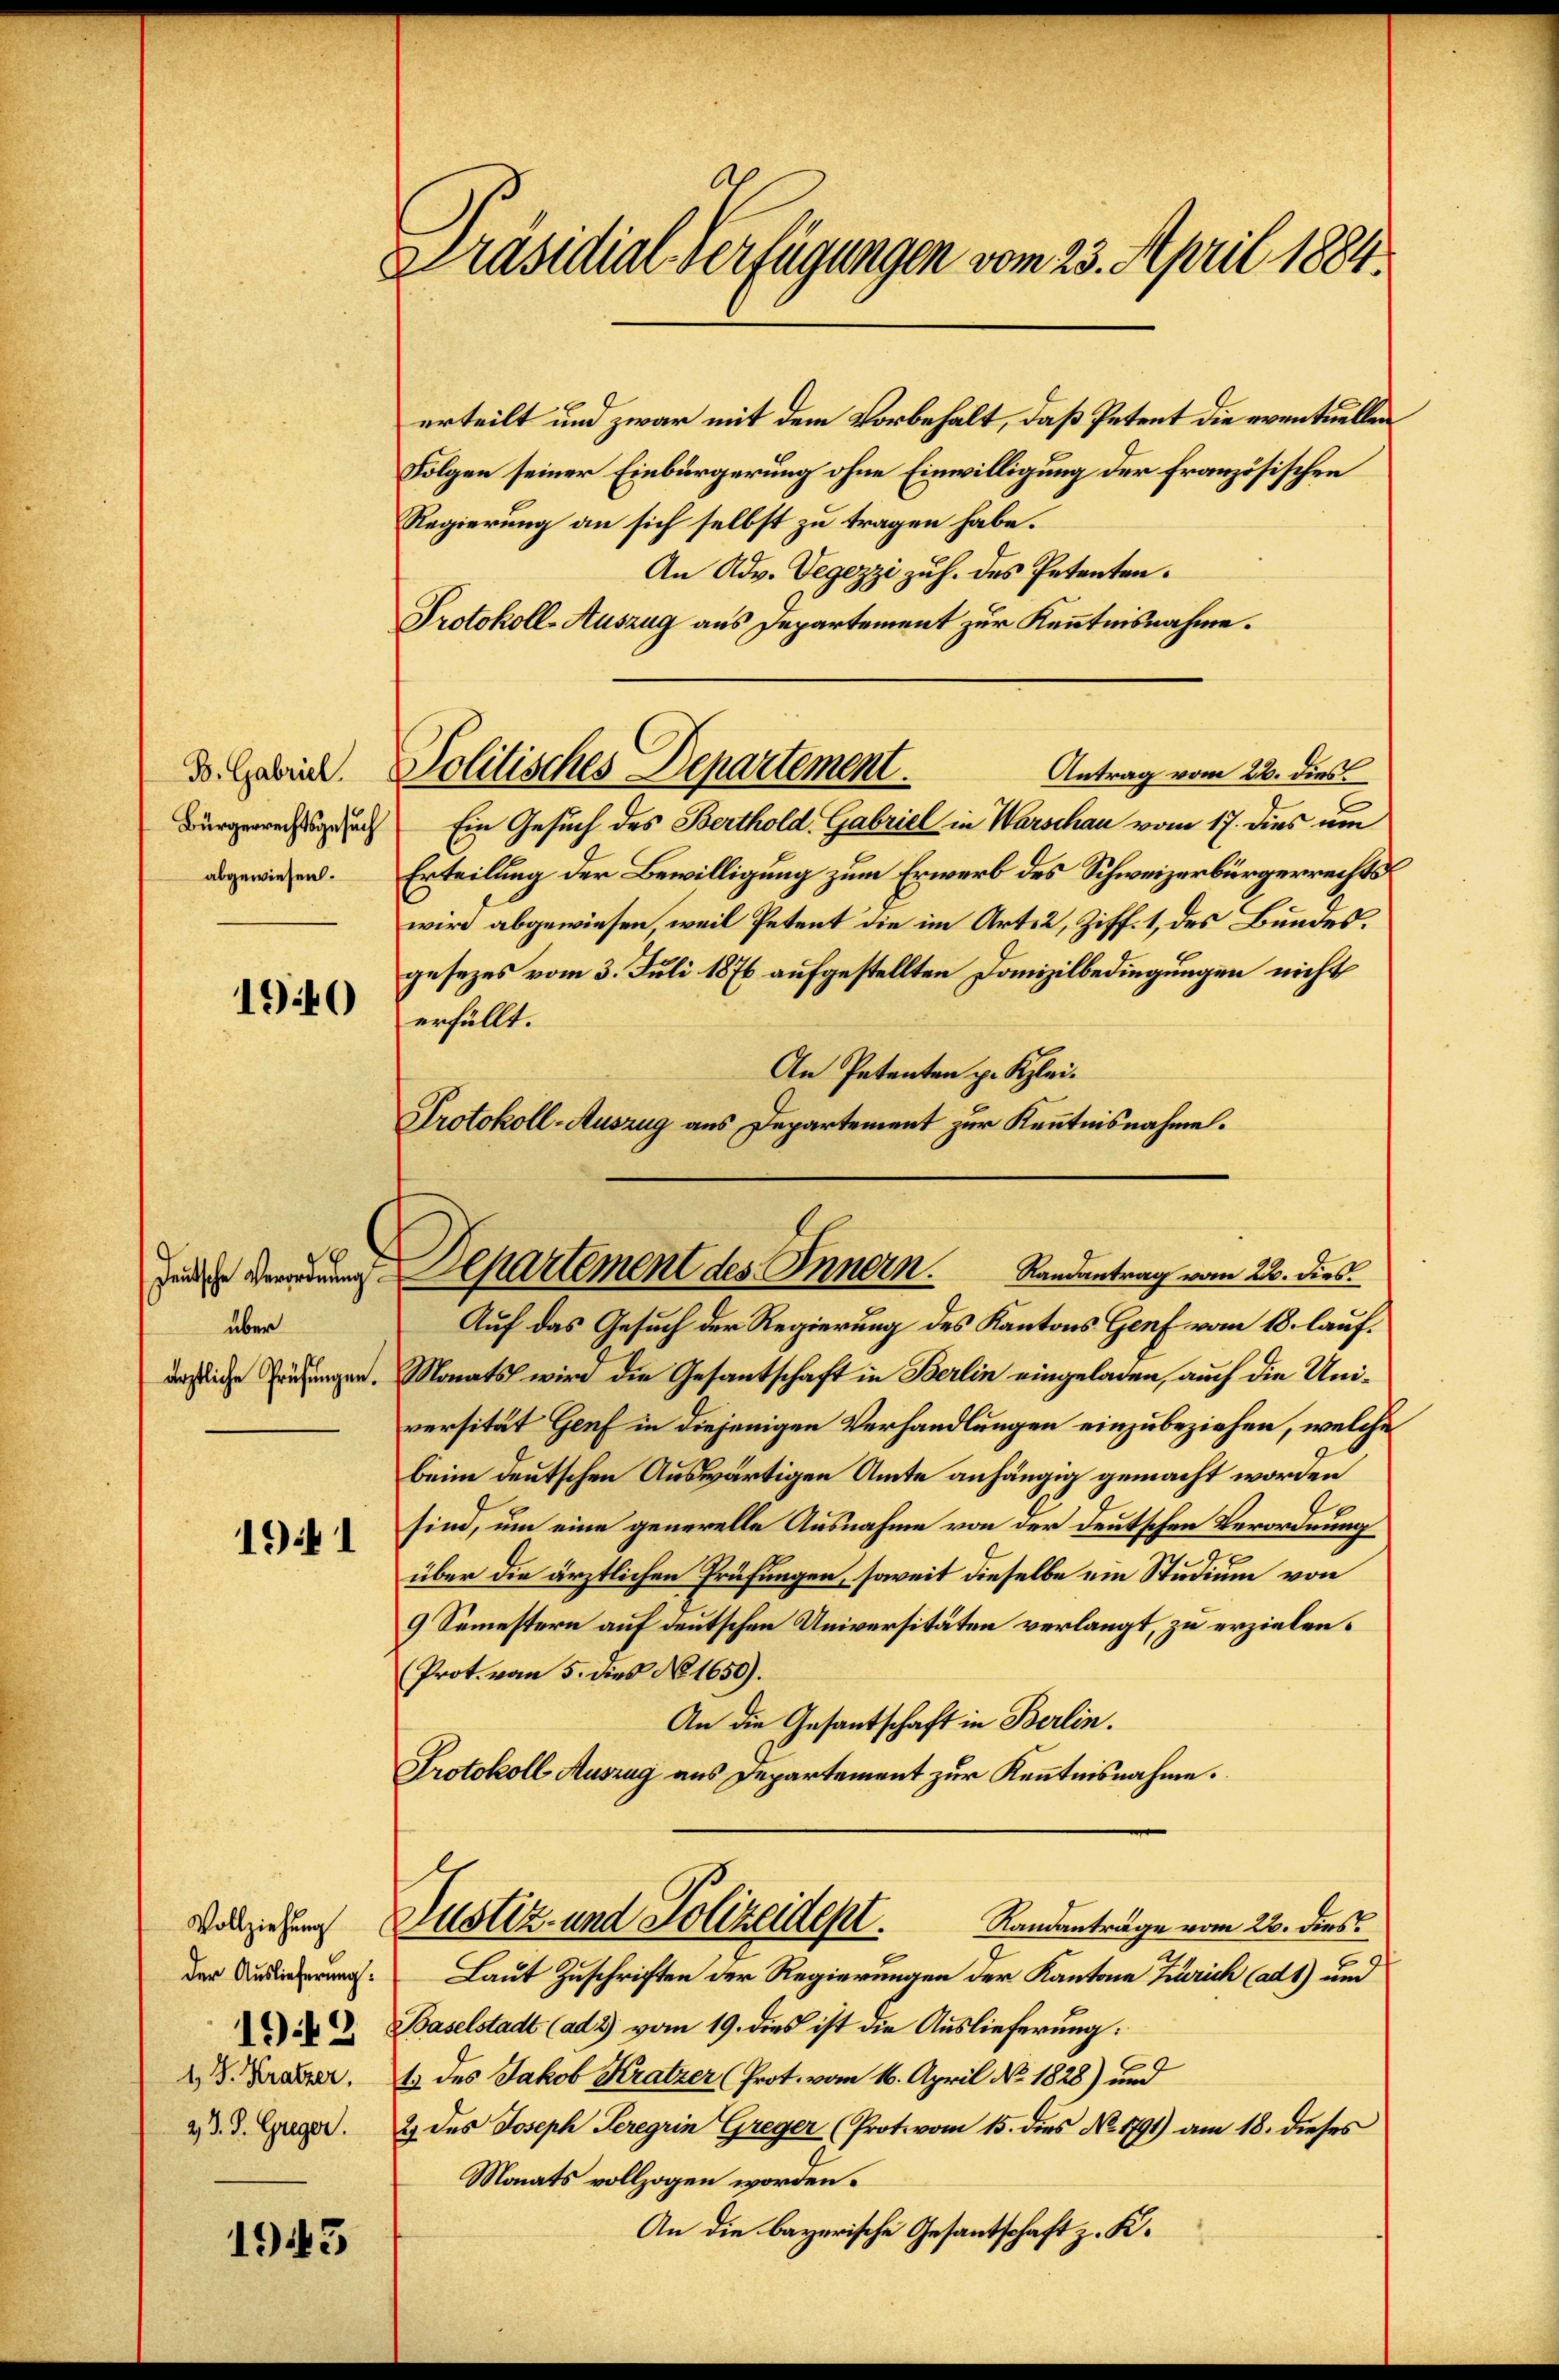
B. Gabriel
abgewiesen.

1940

über

1941

Vollziehung
1942
1 J. Kratzer.
2 J. J. Greger.

1945

Präsidial-Verfügungen vom 23. April 1884.

erteilt und zwar mit dem Vorbehalt, daß Petent die eventuellen
Folgen seiner Einbürgerung ohne Einwilligung der französischen
Regierung an sich selbst zu tragen habe.
An Adv. Vegezzi zuh. des Petenten.
Protokoll-Auszug aus Departement zur Kenntnisnahme.
Bürgerrechtsnach Ein Gesuch des Berthold. Gabriel in Warschau vom 17. dies um
Erteilung der Bewilligung zum Erwerb des Schweizerbürgerrechts
wird abgewiesen, weil Petent die im Art. 2, Ziff. 1, des Bundes.
gesezes vom 3. Juli 1876 aufgestellten Danizilbedingungen nicht
erfüllt.
An Petenten p. Klei¬
Protokoll-Auszug aus Departement zur Kenntnisnahme.
Auf das Gesuch der Regierung des Kantons Genf vom 18. laufäßliche Prüfungen. Monats wird die Gesantschaft in Berlin eingeladen, auch die Universität Genf in diejenigen Verhandlungen einzubeziehen, welche
beim deutschen Auswärtigen Amte anhängig gemacht worden
sind, um eine generelle Ausnahme von der deutschen Verordnung
über die ärztlichen Prüfungen, soweit dieselbe ein Studium von
9 Semestern auf deutschen Universitäten verlangt, zu erzielen¬
(Prot. vom 5. dies No 1650).
An die Gesantschaft in Berlin.
Protokoll Auszug aus Departement zur Kenntnisnahme.
Justiz- und Polizeidept.
Randanträge vom 22. dies
der u. Laut Zuschriften der Regierungen der Kantone Zürich (ad 1) und
Baselstadt (ad 2) vom 19. dies ist die Auslieferung:
6
1. des Jakob Kratzer (Prot. vom 16. April No. 1828) und
2) des Joseph Seregrin Greger (Prot. vom 15. dies No. 1791) am 18. dieses
Monats vollzogen worden.
An die bayerische Gesantschaft z. K.

Politisches Departement.
Antrag vom 22. dies

Departement des Innern. Sandentrag vom 22. dies